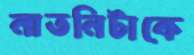
নাতনিটাকে